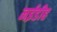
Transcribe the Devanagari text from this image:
नईडीह